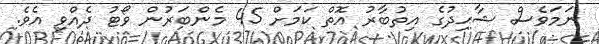
ނަމަވެސް ޝާޙިދުގެ އިތުބާރު އޮތް ކަމަށް 45 މެންބަރުން ވޯޓު ދެއްވި އެވެ.